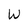
Character: W